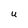
Character: U